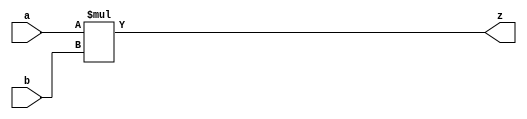
module mul(output[15:0] z, input[15:0] a,b);
	assign z=a*b;
endmodule